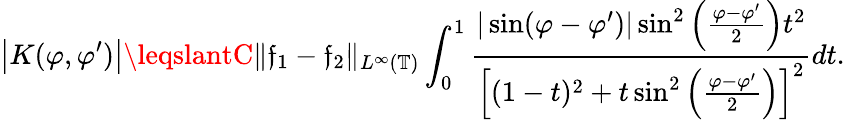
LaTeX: \big|K(\varphi,\varphi^{\prime})\big|\leqslantC\| \mathfrak{f}_{1}-\mathfrak{f}_{2}\| _{L^{\infty}(\mathbb{{T}})}\int_{0}^{1}\frac{{|\sin(\varphi-\varphi^{\prime})|\sin^{2}\left(\frac{{\varphi-\varphi^{\prime}}}{{2}}\right)t^{2}}}{{\Big[(1-t)^{2}+t\sin^{2}\left(\frac{{\varphi-\varphi^{\prime}}}{{2}}\right)\Big]^{2}}}dt.